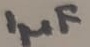
Text: 1µF